Annual administration report of the Civil Veterinary Department of India - 1897-1898
Year: 1897
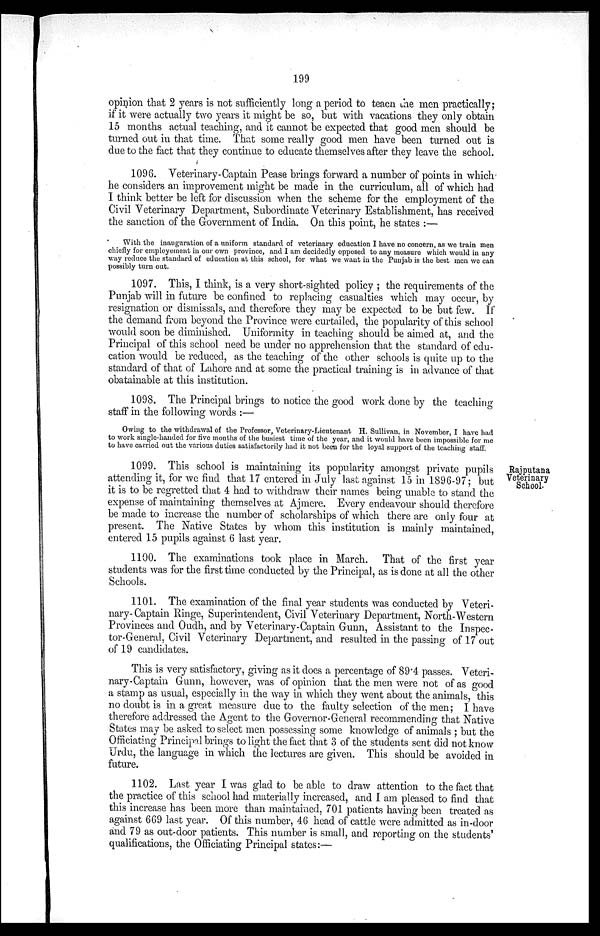
199
opinion that 2 years is not sufficiently long a period to teach the men practically;
if it were actually two years it might be so, but with vacations they only obtain
15 months actual teaching, and it cannot be expected that good men should be
turned out in that time. That some really good men have been turned out is
due to the fact that they continue to educate themselves after they leave the school.
1096. Veterinary-Captain Pease brings forward a number of points in which
he considers an improvement might be made in the curriculum, all of which had
I think better be left for discussion when the scheme for the employment of the
Civil Veterinary Department, Subordinate Veterinary Establishment, has received
the sanction of the Government of India. On this point, he states:—
With the inauguration of a uniform standard of veterinary education I have no concern, as we train men
chiefly for employement in our own province, and I am decidedly opposed to any measure which would in any
way reduce the standard of education at this school, for what we want in the Punjab is the best men we can
possibly turn out.
1097. This, I think, is a very short-sighted policy; the requirements of the
Punjab will in future be confined to replacing casualties which may occur, by
resignation or dismissals, and therefore they may be expected to be but few. If
the demand from beyond the Province were curtailed, the popularity of this school
would soon be diminished. Uniformity in teaching should be aimed at, and the
Principal of this school need be under no apprehension that the standard of edu-
cation would be reduced, as the teaching of the other schools is quite up to the
standard of that of Lahore and at some the practical training is in advance of that
obatainable at this institution.
1098. The Principal brings to notice the good work done by the teaching
staff in the following words:—
Owing to the withdrawal of the Professor, Veterinary-Lieutenant H. Sullivan, in November, I have had
to work single-handed for five months of the busiest time of the year, and it would have been impossible for me
to have carried out the various duties satisfactorily had it not been for the loyal support of the teaching staff.
Rajputana
Veterinary
School.
1099. This school is maintaining its popularity amongst private pupils
attending it, for we find that 17 entered in July last against 15 in 1896-97; but
it is to be regretted that 4 had to withdraw their names being unable to stand the
expense of maintaining themselves at Ajmere. Every endeavour should therefore
be made to increase the number of scholarships of which there are only four at
present. The Native States by whom this institution is mainly maintained,
entered 15 pupils against 6 last year.
1100. The examinations took place in March. That of the first year
students was for the first time conducted by the Principal, as is done at all the other
Schools.
1101. The examination of the final year students was conducted by Veteri-
nary-Captain Ringe, Superintendent, Civil Veterinary Department, North-Western
Provinces and Oudh, and by Veterinary-Captain Gunn, Assistant to the Inspec-
tor-General, Civil Veterinary Department, and resulted in the passing of 17 out
of 19 candidates.
This is very satisfactory, giving as it does a percentage of 89.4 passes. Veteri-
nary-Captain Gunn, however, was of opinion that the men were not of as good
a stamp as usual, especially in the way in which they went about the animals, this
no doubt is in a great measure due to the faulty selection of the men; I have
therefore addressed the Agent to the Governor-General recommending that Native
States may be asked to select men possessing some knowledge of animals; but the
Officiating Principal brings to light the fact that 3 of the students sent did not know
Urdu, the language in which the lectures are given. This should be avoided in
future.
1102. Last year I was glad to be able to draw attention to the fact that
the practice of this school had materially increased, and I am pleased to find that
this increase has been more than maintained, 701 patients having been treated as
against 669 last year. Of this number, 46 head of cattle were admitted as in-door
and 79 as out-door patients. This number is small, and reporting on the students'
qualifications, the Officiating Principal states:—